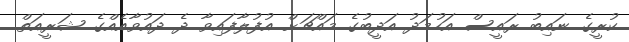
ކުރީގެ ނައިބު ރައީސް އަހުމަދު އަދީބުގެ މައްޗަށް އުފުލާފައިވާ ދެ ދައުވާއެއްގެ ޝަރީއަތް